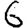
Digit: 6